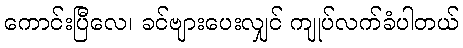
ကောင်းပြီလေ၊ ခင်ဗျားပေးလျှင် ကျုပ်လက်ခံပါတယ်